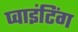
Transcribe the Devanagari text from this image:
प्वाइंटिंग